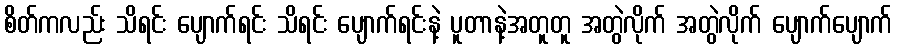
စိတ်ကလည်း သိရင်း ပျောက်ရင်း သိရင်း ပျောက်ရင်းနဲ့ ပူတာနဲ့အတူတူ အတွဲလိုက် အတွဲလိုက် ပျောက်ပျောက်